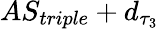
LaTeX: AS_{triple}+d_{\tau_{3}}